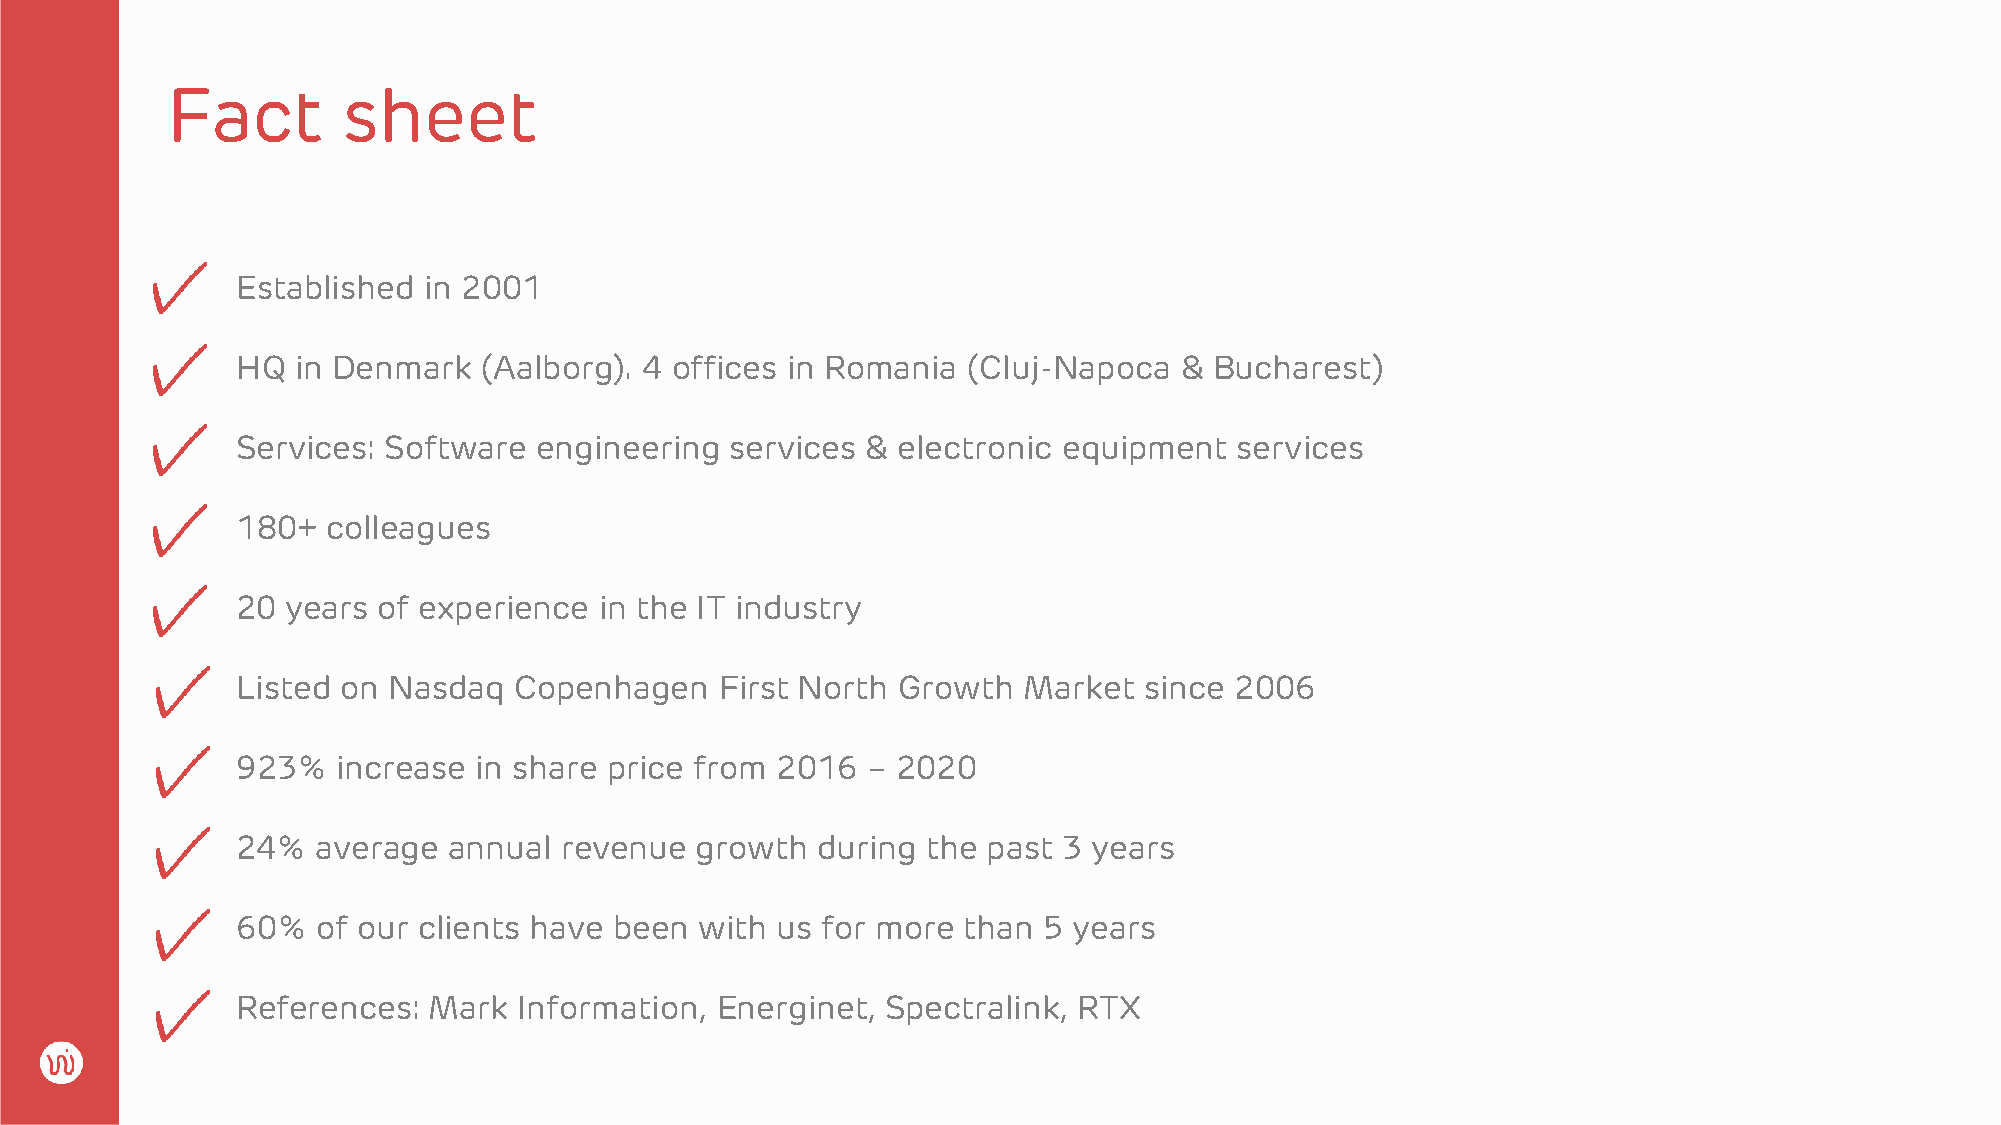
Fact        sheet
 Established in 2001
 HQ  in Denmark  (Aalborg). 4 offices in Romania (Cluj-Napoca  & Bucharest)
 Services: Software  engineering services & electronic equipment   services
 180+  colleagues
 20 years of experience  in the IT industry
 Listed on Nasdaq  Copenhagen    First North Growth  Market  since 2006
 923%  increase in share price from 2016  – 2020
 24%  average  annual revenue  growth  during the past 3 years
 60%  of our clients have been with us for more  than 5 years
 References: Mark  Information, Energinet,  Spectralink, RTX